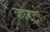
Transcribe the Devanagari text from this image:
कोटट्रो